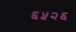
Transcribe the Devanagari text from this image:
६५२६